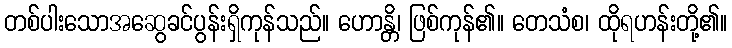
တစ်ပါးသောအဆွေခင်ပွန်းရှိကုန်သည်။ ဟောန္တိ၊ ဖြစ်ကုန်၏။ တေသံစ၊ ထိုရဟန်းတို့၏။